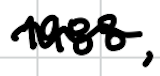
Text: 1988,
Cross-out: wave
Writing tool: digital_black